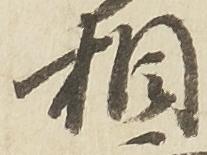
相